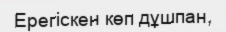
Ерегіскен көп дұшпан,